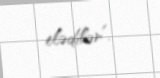
elədilər”.